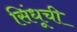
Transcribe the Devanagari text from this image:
सिंधूची